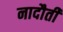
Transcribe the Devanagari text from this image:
नादौती